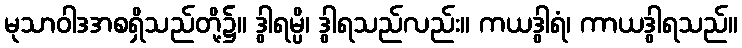
မုသာဝါဒအစရှိသည်တို့၌။ ဒွါရမ္ပိ၊ ဒွါရသည်လည်း။ ကယဒွါရံ၊ ကာယဒွါရသည်။